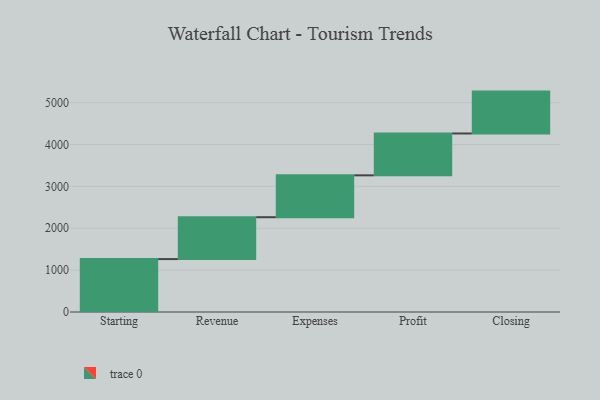
{"axis": {"x": "Step", "y": "Value"}, "legend": [""], "data": [{"x": "Starting", "y": 1264.0, "type": ""}, {"x": "Revenue", "y": 1000, "type": ""}, {"x": "Expenses", "y": 1000, "type": ""}, {"x": "Profit", "y": 1000, "type": ""}, {"x": "Closing", "y": 1000, "type": ""}]}